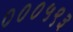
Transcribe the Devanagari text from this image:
०००५९३